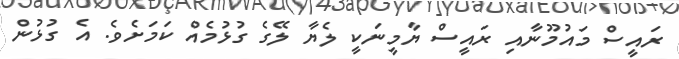
ރައީސް މައުމޫނާއި ރައީސް ޔާމީނަކީ ލެޔާ ލޭގެ ގުޅުމެއް ކަމަށެވެ. އެ ގުޅުން